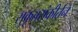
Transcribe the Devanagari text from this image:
सुकृतसंकीर्तन